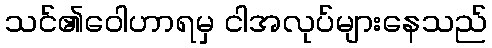
သင်၏ဝေါဟာရမှ ငါအလုပ်များနေသည်